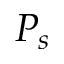
P _ { s }